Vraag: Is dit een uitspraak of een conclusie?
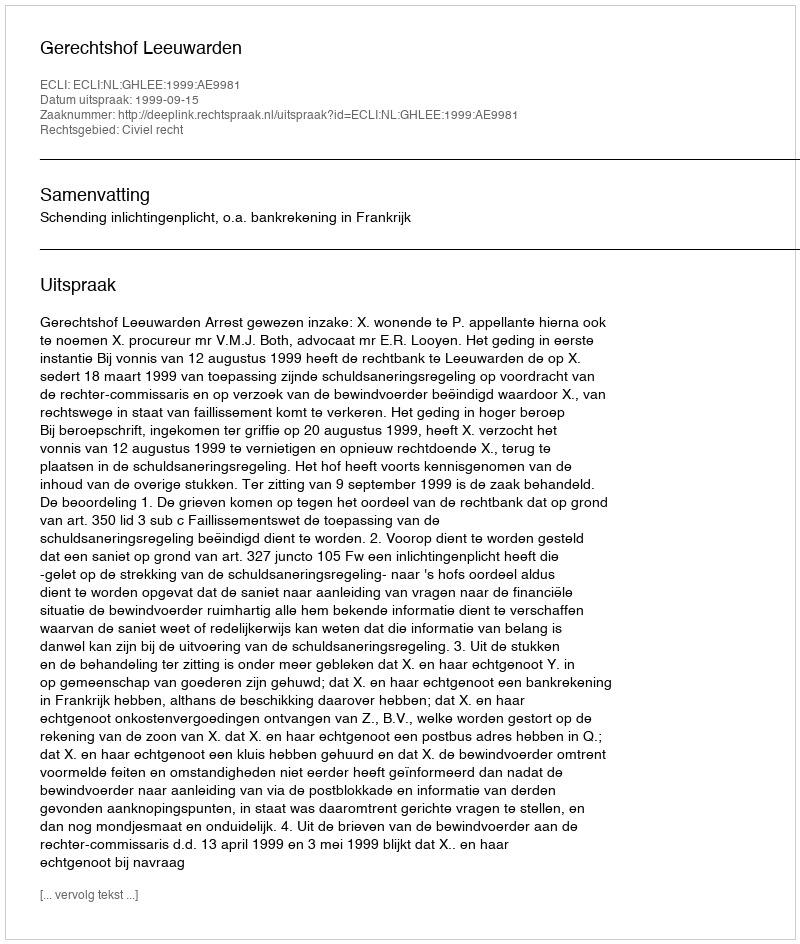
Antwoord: Uitspraak